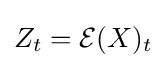
Z_{t}={\mathcal {E}}(X)_{t}